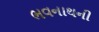
ભવનાથની